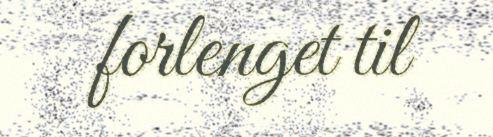
forlenget til